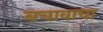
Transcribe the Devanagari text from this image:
बचावाचा